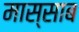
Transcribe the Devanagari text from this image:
मास्साब